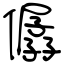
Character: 僝